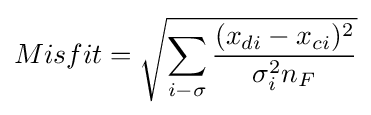
Misfit={\sqrt {\sum _{i-\sigma }{\frac {(x_{di}-x_{ci})^{2}}{\sigma _{i}^{2}n_{F}}}}}